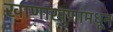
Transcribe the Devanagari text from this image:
खाणाखुणांमधून